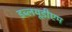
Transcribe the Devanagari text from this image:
डब्लयूडीएम